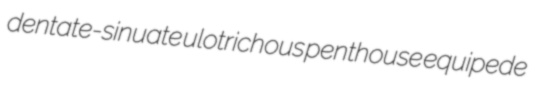
dentate-sinuate ulotrichous penthouse equipede